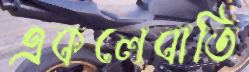
একলেবাতি